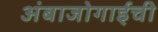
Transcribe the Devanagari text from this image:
अंबाजोगाईची